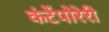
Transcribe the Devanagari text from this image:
कंटेंपोरेरी